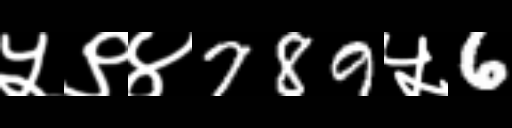
Text: ५९४789५6